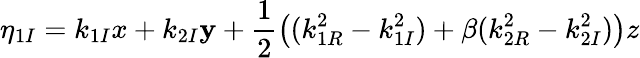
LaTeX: \eta_{1I}=k_{1I}x+k_{2I}\mathbf{y}+\frac{{1}}{{2}}\big((k_{1R}^{2}-k_{1I}^{2})+\beta(k_{2R}^{2}-k_{2I}^{2})\big)z